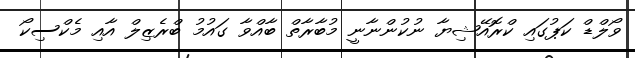
ވޯލްޑް ކަޕުގައި ކްރޮއޭޝިޔާ ނުކުންނާނީ މުބާރާތް ބާއްވާ ގައުމު ބްރެޒިލް އާއި މެކްސިކޯ